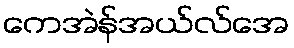
ကေအဲန်အယ်လ်အေ